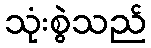
သုံးစွဲသည်